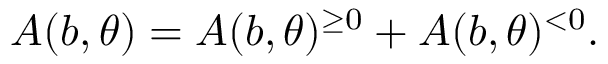
A ( b , \theta ) = A ( b , \theta ) ^ { \geq 0 } + A ( b , \theta ) ^ { < 0 } .